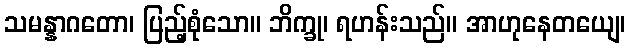
သမန္နာဂတော၊ ပြည့်စုံသော။ ဘိက္ခု၊ ရဟန်းသည်။ အာဟုနေတယျေ၊